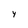
Character: y